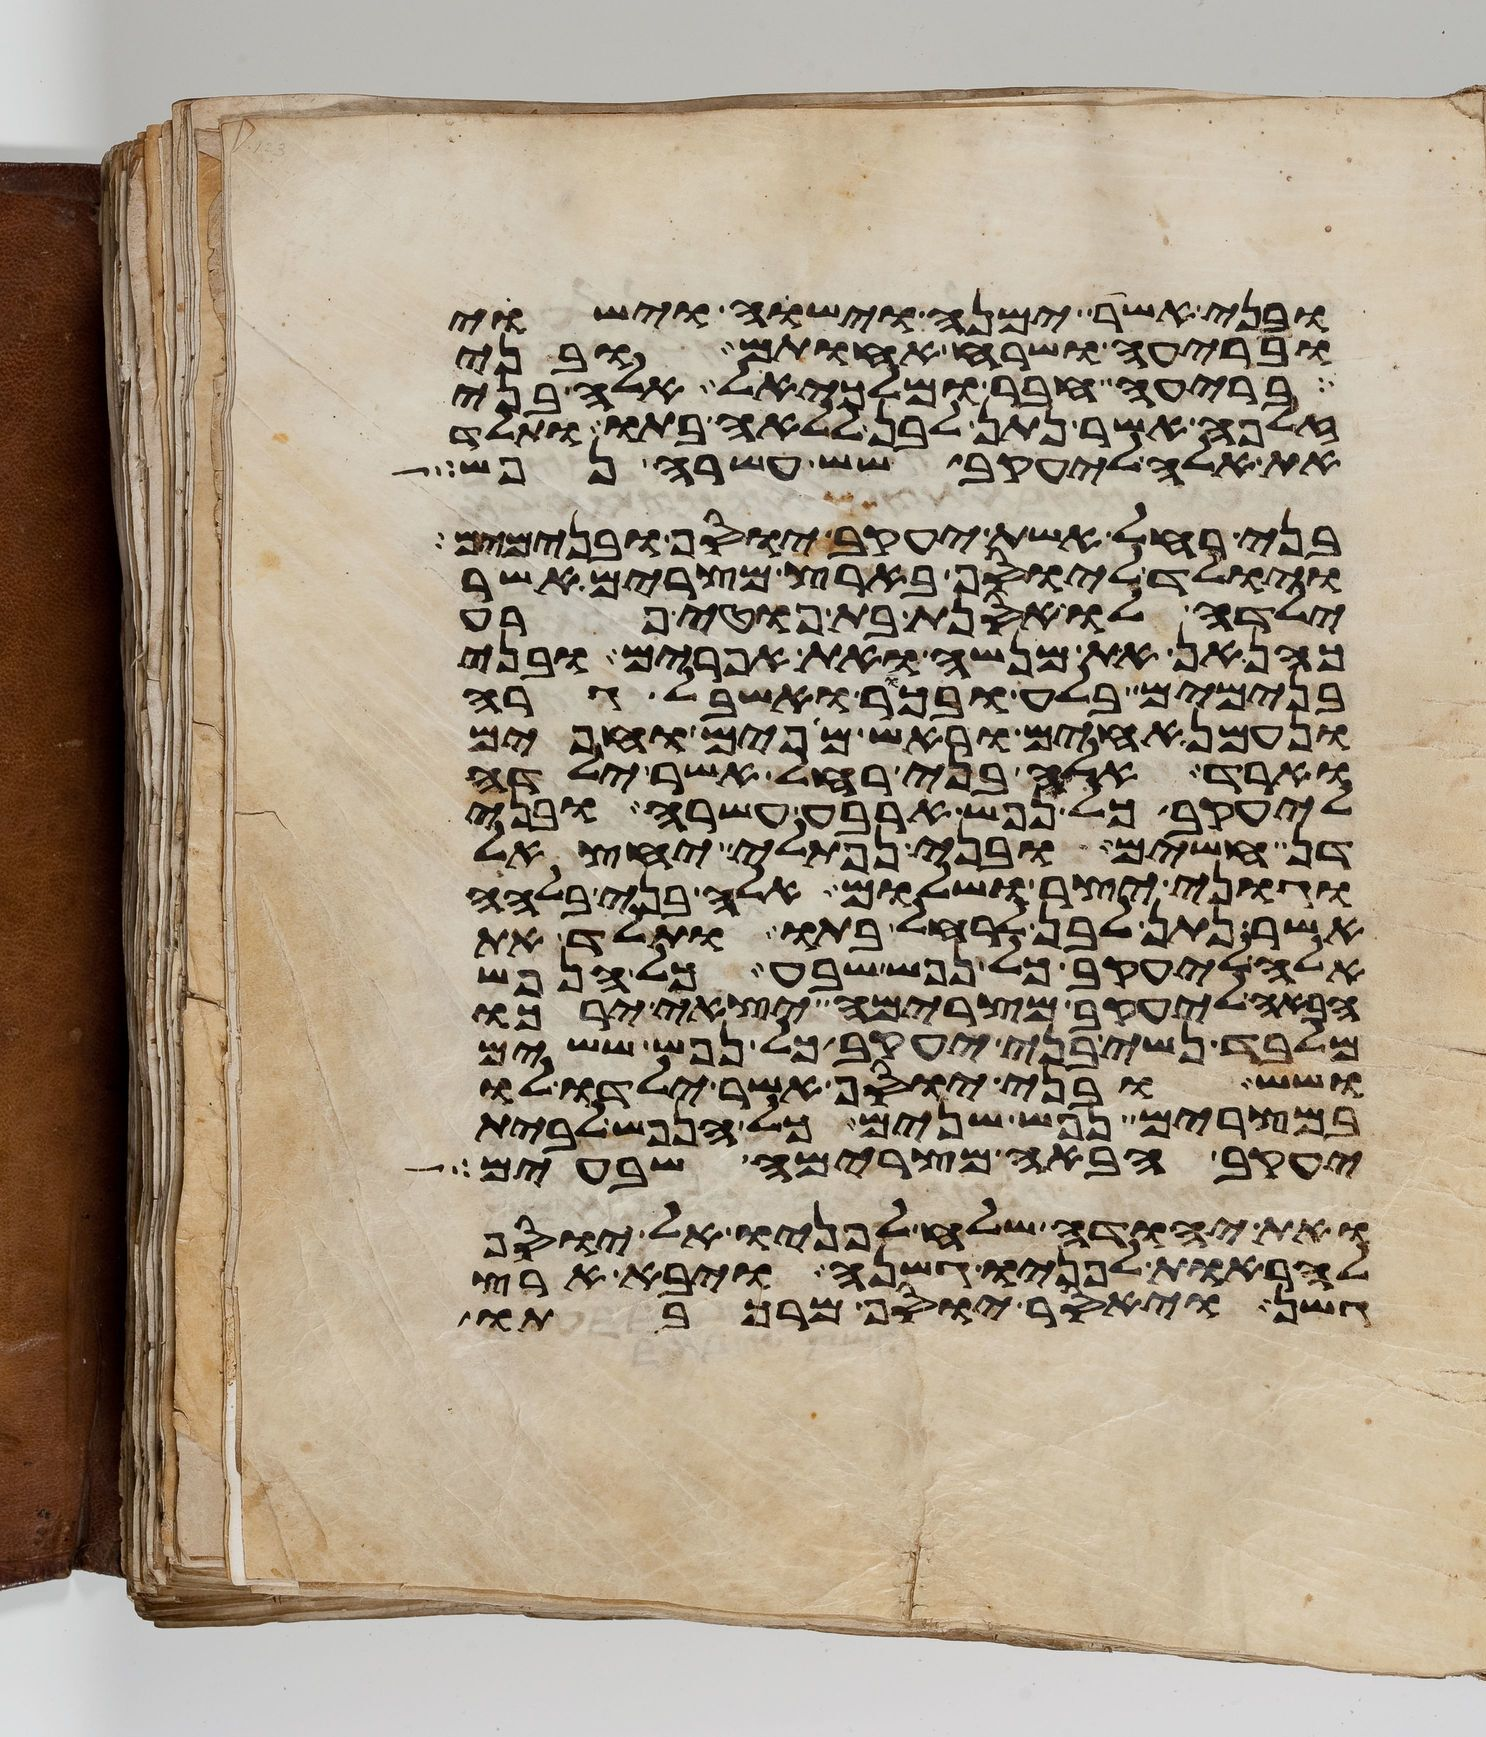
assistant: ובני אשר ימנה וישוה וישוי
ובריעה ושרח אחותם ובני
בריעה חבר ומלכיאל אלה בני
זלפה אשר נתן לבן ללאה בתו ותלד
את אלה ליעקב שש עשרה נפש
בני רחל אשת יעקב יוסף ובנימים
ויולד ליוסף בארץ מצרים אשר
ילדה לו אסנת בת פוטיפרע
כהנאן את מנשה ואת אפרים ובני
בנימים בלע ובכר ואשבאל גרה
ונעמן אחים וראש מאפים ואפים
וארד אלה בני רחל אשר ילדה
ליעקב כל נפש ארבע עשרה ובני
דן חשים ובני נפתלי יחצאל
וגוני יצר ושלום אלה בני בלהה
אשר נתן לבן לרחל בתו ותלד את
אלה ליעקב כל נפש שבע כל הנפש
הבאה ליעקב מצרימה יצאי ירכו
מלבד נשי בני יעקב כל נפש ששים
ושש ובני יוסף אשר ילדו לו
במצרים נפש שנים כל הנפש לבית
יעקב הבאה מצרימה שבעים
ואת יהודה שלח לפניו אל יוסף
להראות לפניו גשנה ויבא ארץ
גשן ויאסר יוסף מרכבתו